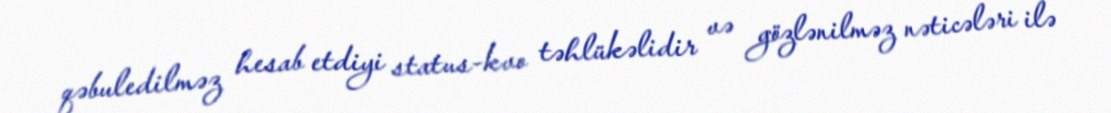
qəbuledilməz hesab etdiyi status-kvo təhlükəlidir və gözlənilməz nəticələri ilə